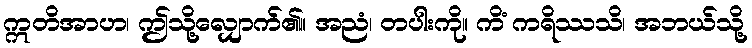
ဣတိအာဟ၊ ဤသို့လျှောက်၏။ အညံ၊ တပါးကို။ ကိံ ကရိဿသိ၊ အဘယ်သို့